Civil Veterinary Department Bihar reports 1940-50 - 1940-1950
Year: 1940
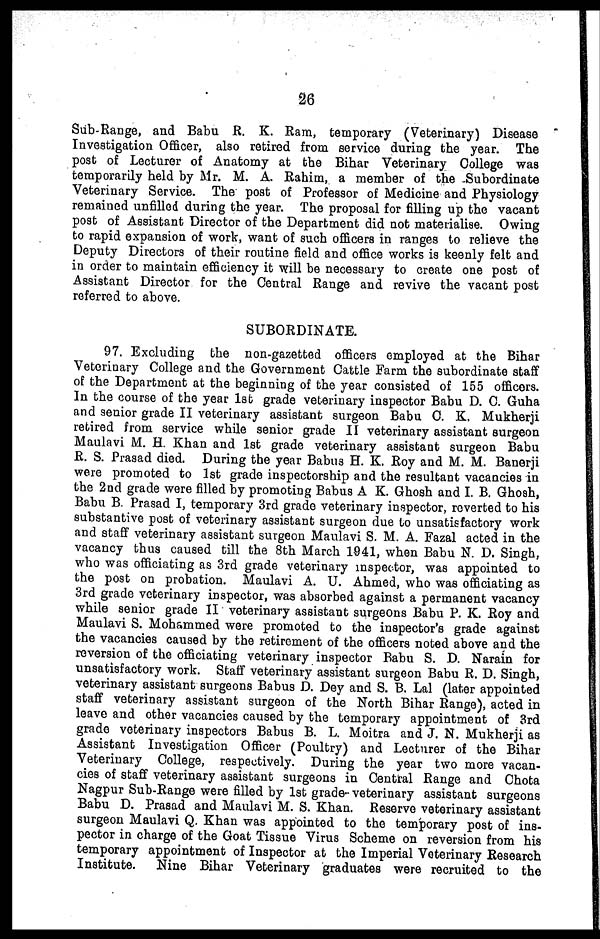
26
Sub-Range, and Babu R. K. Ram, temporary (Veterinary) Disease
Investigation Officer, also retired from service during the year. The
post of Lecturer of Anatomy at the Bihar Veterinary College was
temporarily held by Mr. M. A. Rahim, a member of the Subordinate
Veterinary Service. The post of Professor of Medicine and Physiology
remained unfilled during the year. The proposal for filling up the vacant
post of Assistant Director of the Department did not materialise. Owing
to rapid expansion of work, want of such officers in ranges to relieve the
Deputy Directors of their routine field and office works is keenly felt and
in order to maintain efficiency it will be necessary to create one post of
Assistant Director for the Central Range and revive the vacant post
referred to above.
SUBORDINATE.
97. Excluding the non-gazetted officers employed at the Bihar
Veterinary College and the Government Cattle Farm the subordinate staff
of the Department at the beginning of the year consisted of 155 officers.
In the course of the year 1st grade veterinary inspector Babu D. C. Guha
and senior grade II veterinary assistant surgeon Babu C. K. Mukherji
retired from service while senior grade II veterinary assistant surgeon
Maulavi M. H. Khan and 1st grade veterinary assistant surgeon Babu
R. S. Prasad died. During the year Babus H. K. Roy and M. M. Banerji
were promoted to 1st grade inspectorship and the resultant vacancies in
the 2nd grade were filled by promoting Babus A K. Ghosh and I. B. Ghosh,
Babu B. Prasad I, temporary 3rd grade veterinary inspector, reverted to his
substantive post of veterinary assistant surgeon due to unsatisfactory work
and staff veterinary assistant surgeon Maulavi S. M. A. Fazal acted in the
vacancy thus caused till the 8th March 1941, when Babu N. D. Singh,
who was officiating as 3rd grade veterinary inspector, was appointed to
the post on probation. Maulavi A. U. Ahmed, who was officiating as
3rd grade veterinary inspector, was absorbed against a permanent vacancy
while senior grade II veterinary assistant surgeons Babu P. K. Roy and
Maulavi S. Mohammed were promoted to the inspector's grade against
the vacancies caused by the retirement of the officers noted above and the
reversion of the officiating veterinary inspector Babu S. D. Narain for
unsatisfactory work. Staff veterinary assistant surgeon Babu R. D. Singh,
veterinary assistant surgeons Babus D. Dey and S. B. Lal (later appointed
staff veterinary assistant surgeon of the North Bihar Range), acted in
leave and other vacancies caused by the temporary appointment of 3rd
grade veterinary inspectors Babus B. L. Moitra and J. N. Mukherji as
Assistant Investigation Officer (Poultry) and Lecturer of the Bihar
Veterinary College, respectively. During the year two more vacan-
cies of staff veterinary assistant surgeons in Central Range and Chota
Nagpur Sub-Range were filled by 1st grade-veterinary assistant surgeons
Babu D. Prasad and Maulavi M. S. Khan. Reserve veterinary assistant
surgeon Maulavi Q. Khan was appointed to the temporary post of ins-
pector in charge of the Goat Tissue Virus Scheme on reversion from his
temporary appointment of Inspector at the Imperial Veterinary Research
Institute. Nine Bihar Veterinary graduates were recruited to the